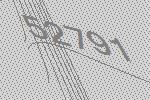
52791